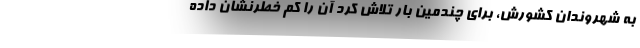
به شهروندان کشورش، برای چندمین بار تلاش کرد آن را کم خطرنشان داده